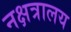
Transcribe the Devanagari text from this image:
नक्षत्रालय